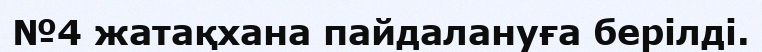
№4 жатақхана пайдалануға берілді.